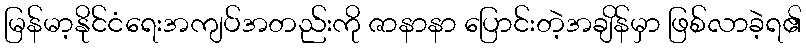
မြန်မာ့နိုင်ငံရေးအကျပ်အတည်းကို ဇာနာနာ ပြောင်းတဲ့အချိန်မှာ ဖြစ်လာခဲ့ရ၏